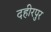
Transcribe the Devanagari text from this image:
दहीरपुर